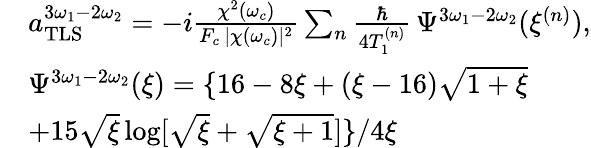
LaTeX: \begin{array}{rl}&{a_{\mathrm{TLS}}^{3\omega_{1}-2\omega_{2}}=-i\frac{\chi^{2}(\omega_{c})}{F_{c}\, |\chi(\omega_{c})|^{2}}\sum_{n}\frac{\hbar}{4T_{1}^{(n)}}\, \Psi^{3\omega_{1}-2\omega_{2}}(\xi^{(n)}),}\\ &{\Psi^{3\omega_{1}-2\omega_{2}}(\xi)=\{ 16-8\xi+(\xi-16)\sqrt{1+\xi}}\\ &{+15\sqrt{\xi}\log[\sqrt{\xi}+\sqrt{\xi+1}]\} /4\xi}\end{array}